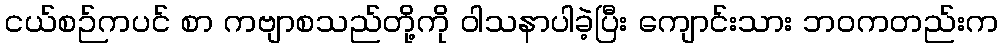
ငယ်စဉ်ကပင် စာ ကဗျာစသည်တို့ကို ဝါသနာပါခဲ့ပြီး ကျောင်းသား ဘဝကတည်းက